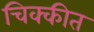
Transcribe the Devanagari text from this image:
चिक्कीत